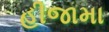
હીજામા